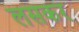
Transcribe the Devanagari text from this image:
लसकर